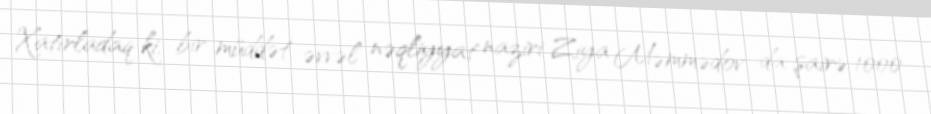
Xatırladaq ki, bir müddət əvvəl nəqliyyat naziri Ziya Məmmədov da şairə 1000